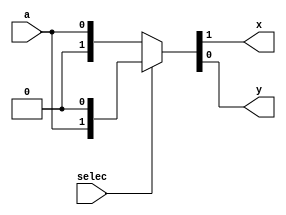
module demux (
    input wire selec,
    input wire a,
    output wire x,
    output wire y
);

assign {x,y} = selec? {a,1'b0}:{1'b0,a};

endmodule